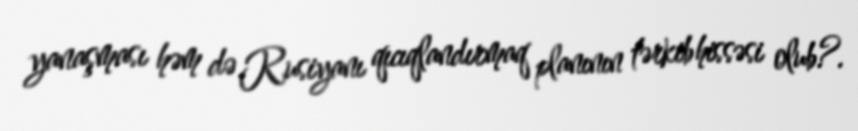
yanaşması həm də Rusiyanı qıcıqlandırmaq planının tərkib hissəsi olub?.